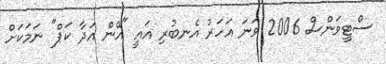
ސްޓީވަންސް 2006 ވަނަ އަހަރު އެނބުރި އައީ "އޭން އަދާ ކަޕް" ނަމަކަށް